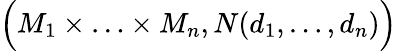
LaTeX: {\Big(}M_{1}\times\ldots\times M_{n},N(d_{1},\ldots,d_{n}){\Big)}